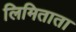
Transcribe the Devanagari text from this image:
लिमिताता